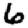
Digit: 6